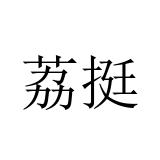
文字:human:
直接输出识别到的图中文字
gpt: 荔挺